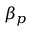
\beta _ { p }